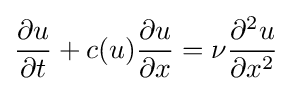
{\frac {\partial u}{\partial t}}+c(u){\frac {\partial u}{\partial x}}=\nu {\frac {\partial ^{2}u}{\partial x^{2}}}